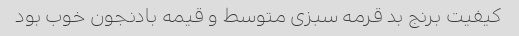
کیفیت برنج بد قرمه سبزی متوسط و قیمه بادنجون خوب بود